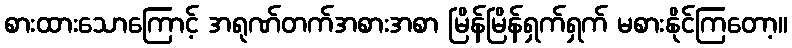
စားထားသောကြောင့် အရုဏ်တက်အစားအစာ မြိန်မြိန်ရှက်ရှက် မစားနိုင်ကြတော့။